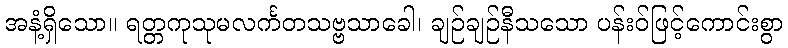
အနံ့ရှိသော။ ရတ္တကုသုမလင်္ကတသဗ္ဗသာခေါ၊ ချဉ်ချဉ်နီသသော ပန်းဝ်ဖြင့်ကောင်းစွာ